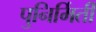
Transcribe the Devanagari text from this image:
पुनिर्मिर्ती